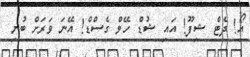
އޯ! ދެޓް ޝިފޫ! އައި ޝުޑް ހޭވް ގެސްޑް! އޭނަ ވަރަށް ބުނި